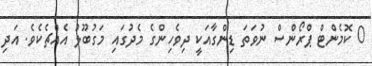
0 ކޮމެންޓް ޕްރޯންސް ނުވަތަ ޑިންގާއަކީ ދިވެހިންގެ މެދުގައި މަގުބޫލު އެއްޗެކެވެ. އަދި